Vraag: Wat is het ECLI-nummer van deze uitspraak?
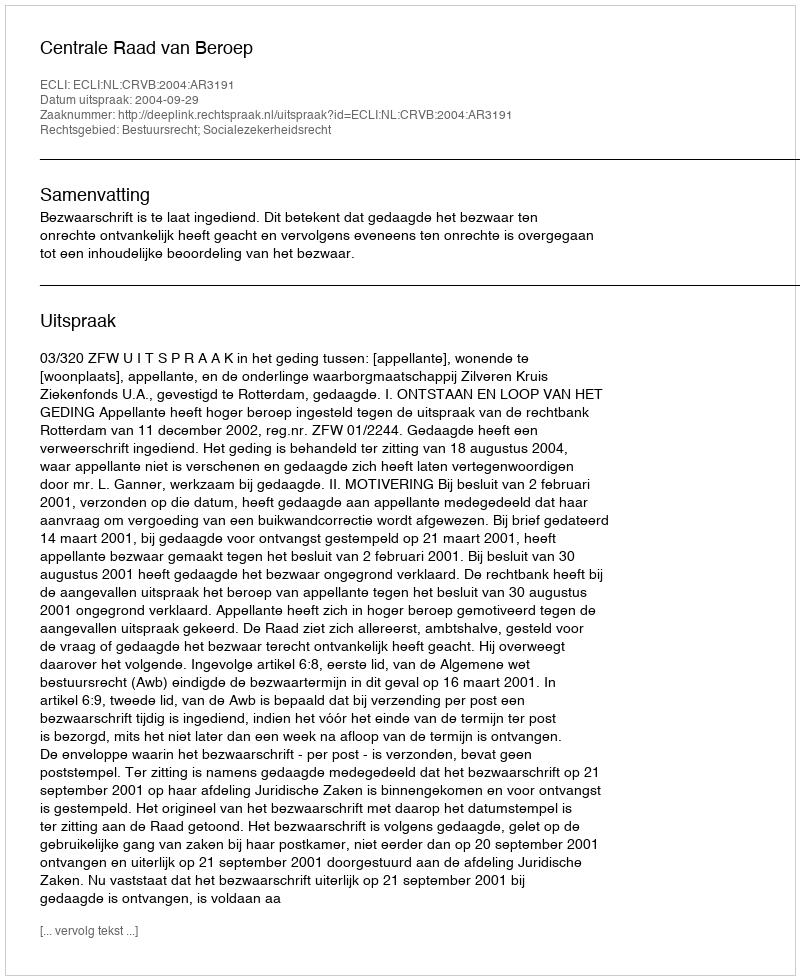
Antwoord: ECLI:NL:CRVB:2004:AR3191